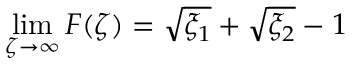
\operatorname* { l i m } _ { \zeta \rightarrow \infty } F ( \zeta ) = \sqrt { \xi _ { 1 } } + \sqrt { \xi _ { 2 } } - 1